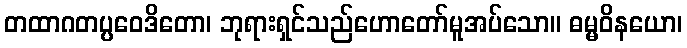
တထာဂတပ္ပဝေဒိတော၊ ဘုရားရှင်သည်ဟောတော်မူအပ်သော။ ဓမ္မဝိနယော၊